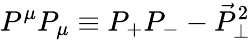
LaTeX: P^{\mu}P_{\mu}\equiv P_{+}P_{-}-\vec{P}_{\perp}^{2}